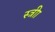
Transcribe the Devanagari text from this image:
स्त्रीा